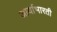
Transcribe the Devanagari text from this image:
आर्याभारती